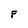
Character: F